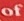
of